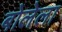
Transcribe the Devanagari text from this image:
बोलेला